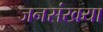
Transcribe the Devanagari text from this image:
जनसंखया